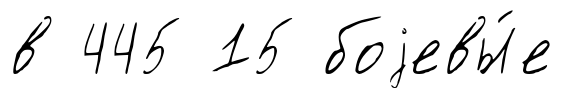
в 445 15 боjевы́е